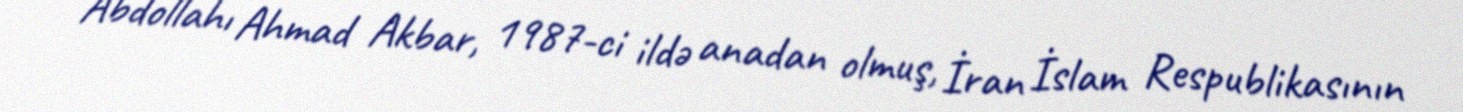
Abdollahı Ahmad Akbar, 1987-ci ildə anadan olmuş, İran İslam Respublikasının